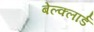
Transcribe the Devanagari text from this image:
बेल्क्लार्ड